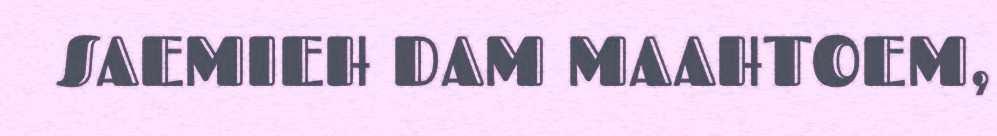
SAEMIEH DAM MAAHTOEM,